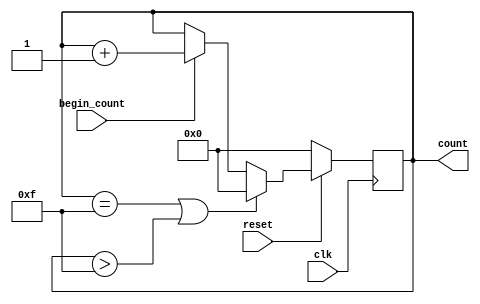

module counter( clk, reset, begin_count, count);
input clk, reset;
input begin_count;
output [3:0] count;
reg [3:0] count;



always @ (posedge clk)
begin
	if (reset == 0)
		begin
			count <= 0;
		end

	else if((count == 15) | (count > 15))
		begin
			count <= 0;
		end
	else
		begin
			begin
				if (begin_count == 1 )
					begin
						count <= count + 1;
					end
			end
		end
end 
endmodule